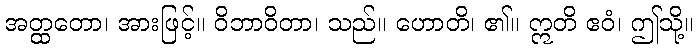
အတ္ထတော၊ အားဖြင့်။ ဝိဘာဝိတာ၊ သည်။ ဟောတိ၊ ၏။ ဣတိ ဧဝံ၊ ဤသို့။